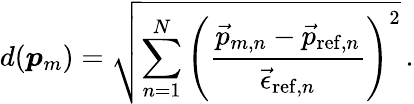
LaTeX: d(\boldsymbol{p}_{m})=\sqrt{\sum_{n=1}^{N}\left(\frac{\vec{p}_{m,n}-\vec{p}_{\mathrm{ref},n}}{\vec{\epsilon}_{\mathrm{ref},n}}\right)^{2}}\, .